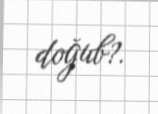
doğub?.